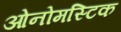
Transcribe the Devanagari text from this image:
ओनोमस्टिक